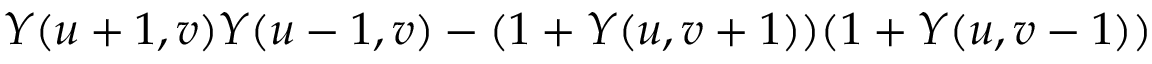
Y ( u + 1 , v ) Y ( u - 1 , v ) - ( 1 + Y ( u , v + 1 ) ) ( 1 + Y ( u , v - 1 ) )